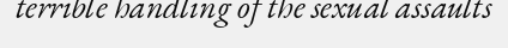
terrible handling of the sexual assaults